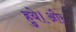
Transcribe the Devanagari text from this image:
हुये।और